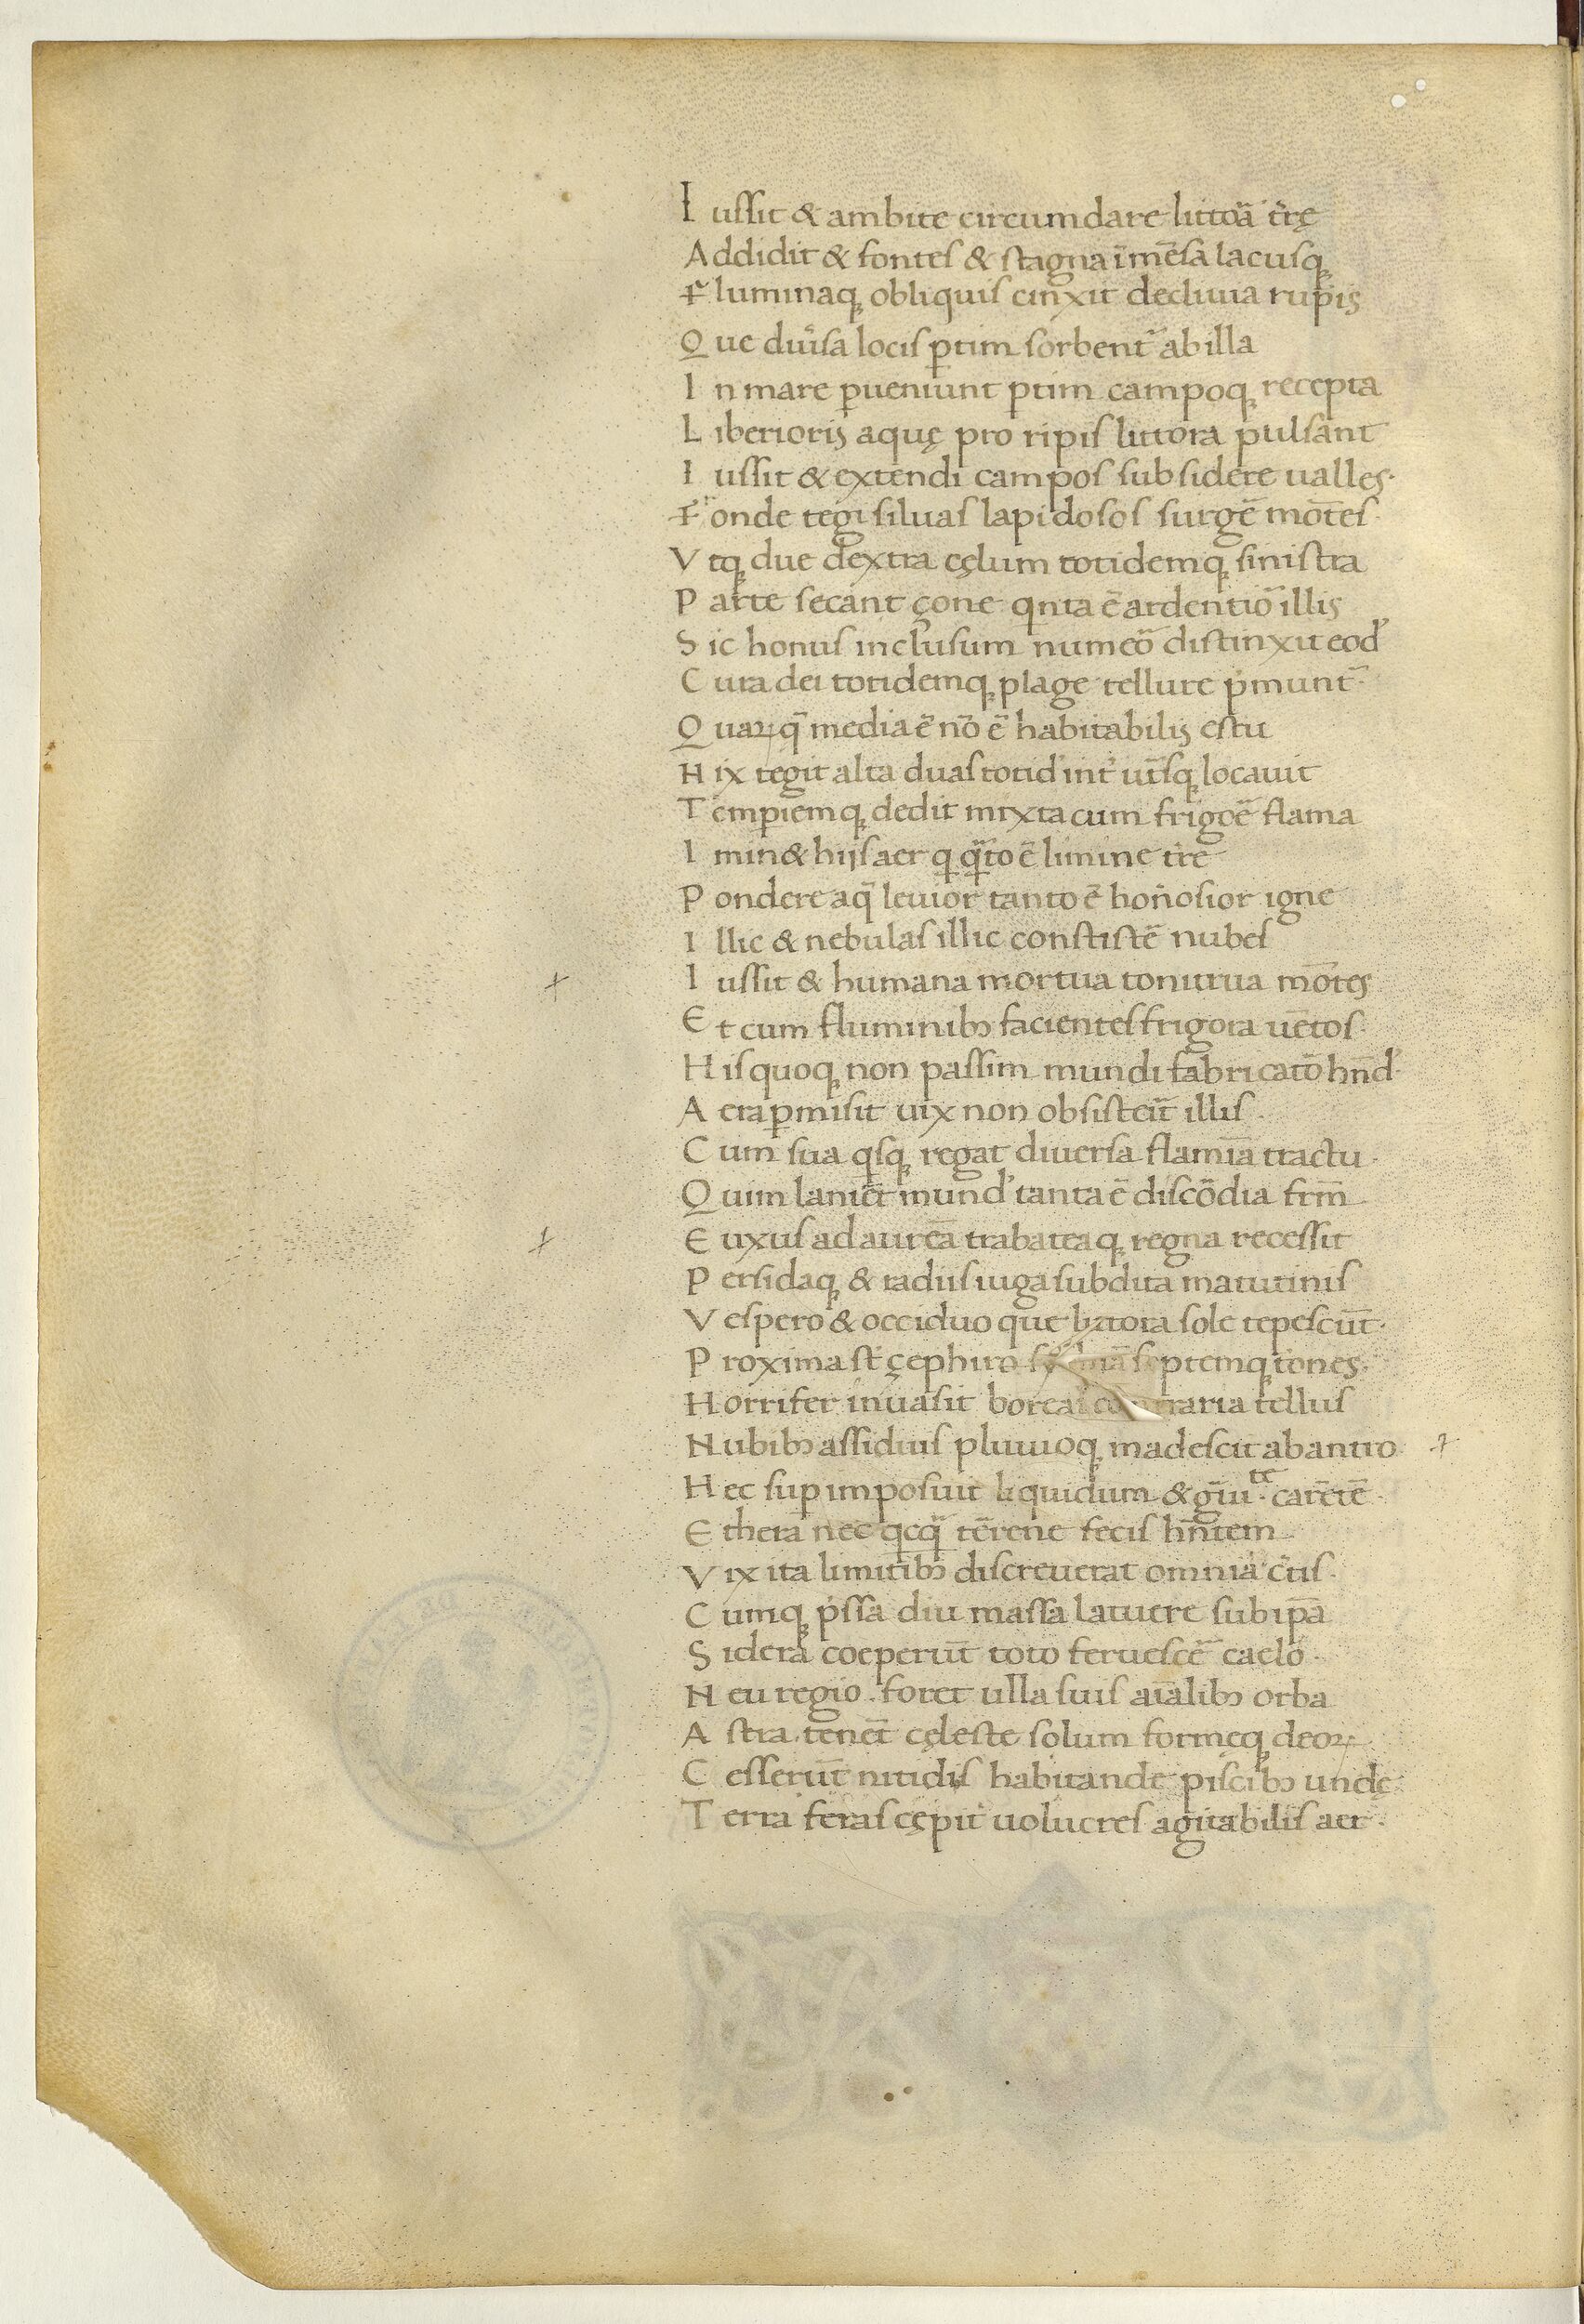
Shelfmark: Paris, BnF, Arsenal ms. 1046
Century: 15